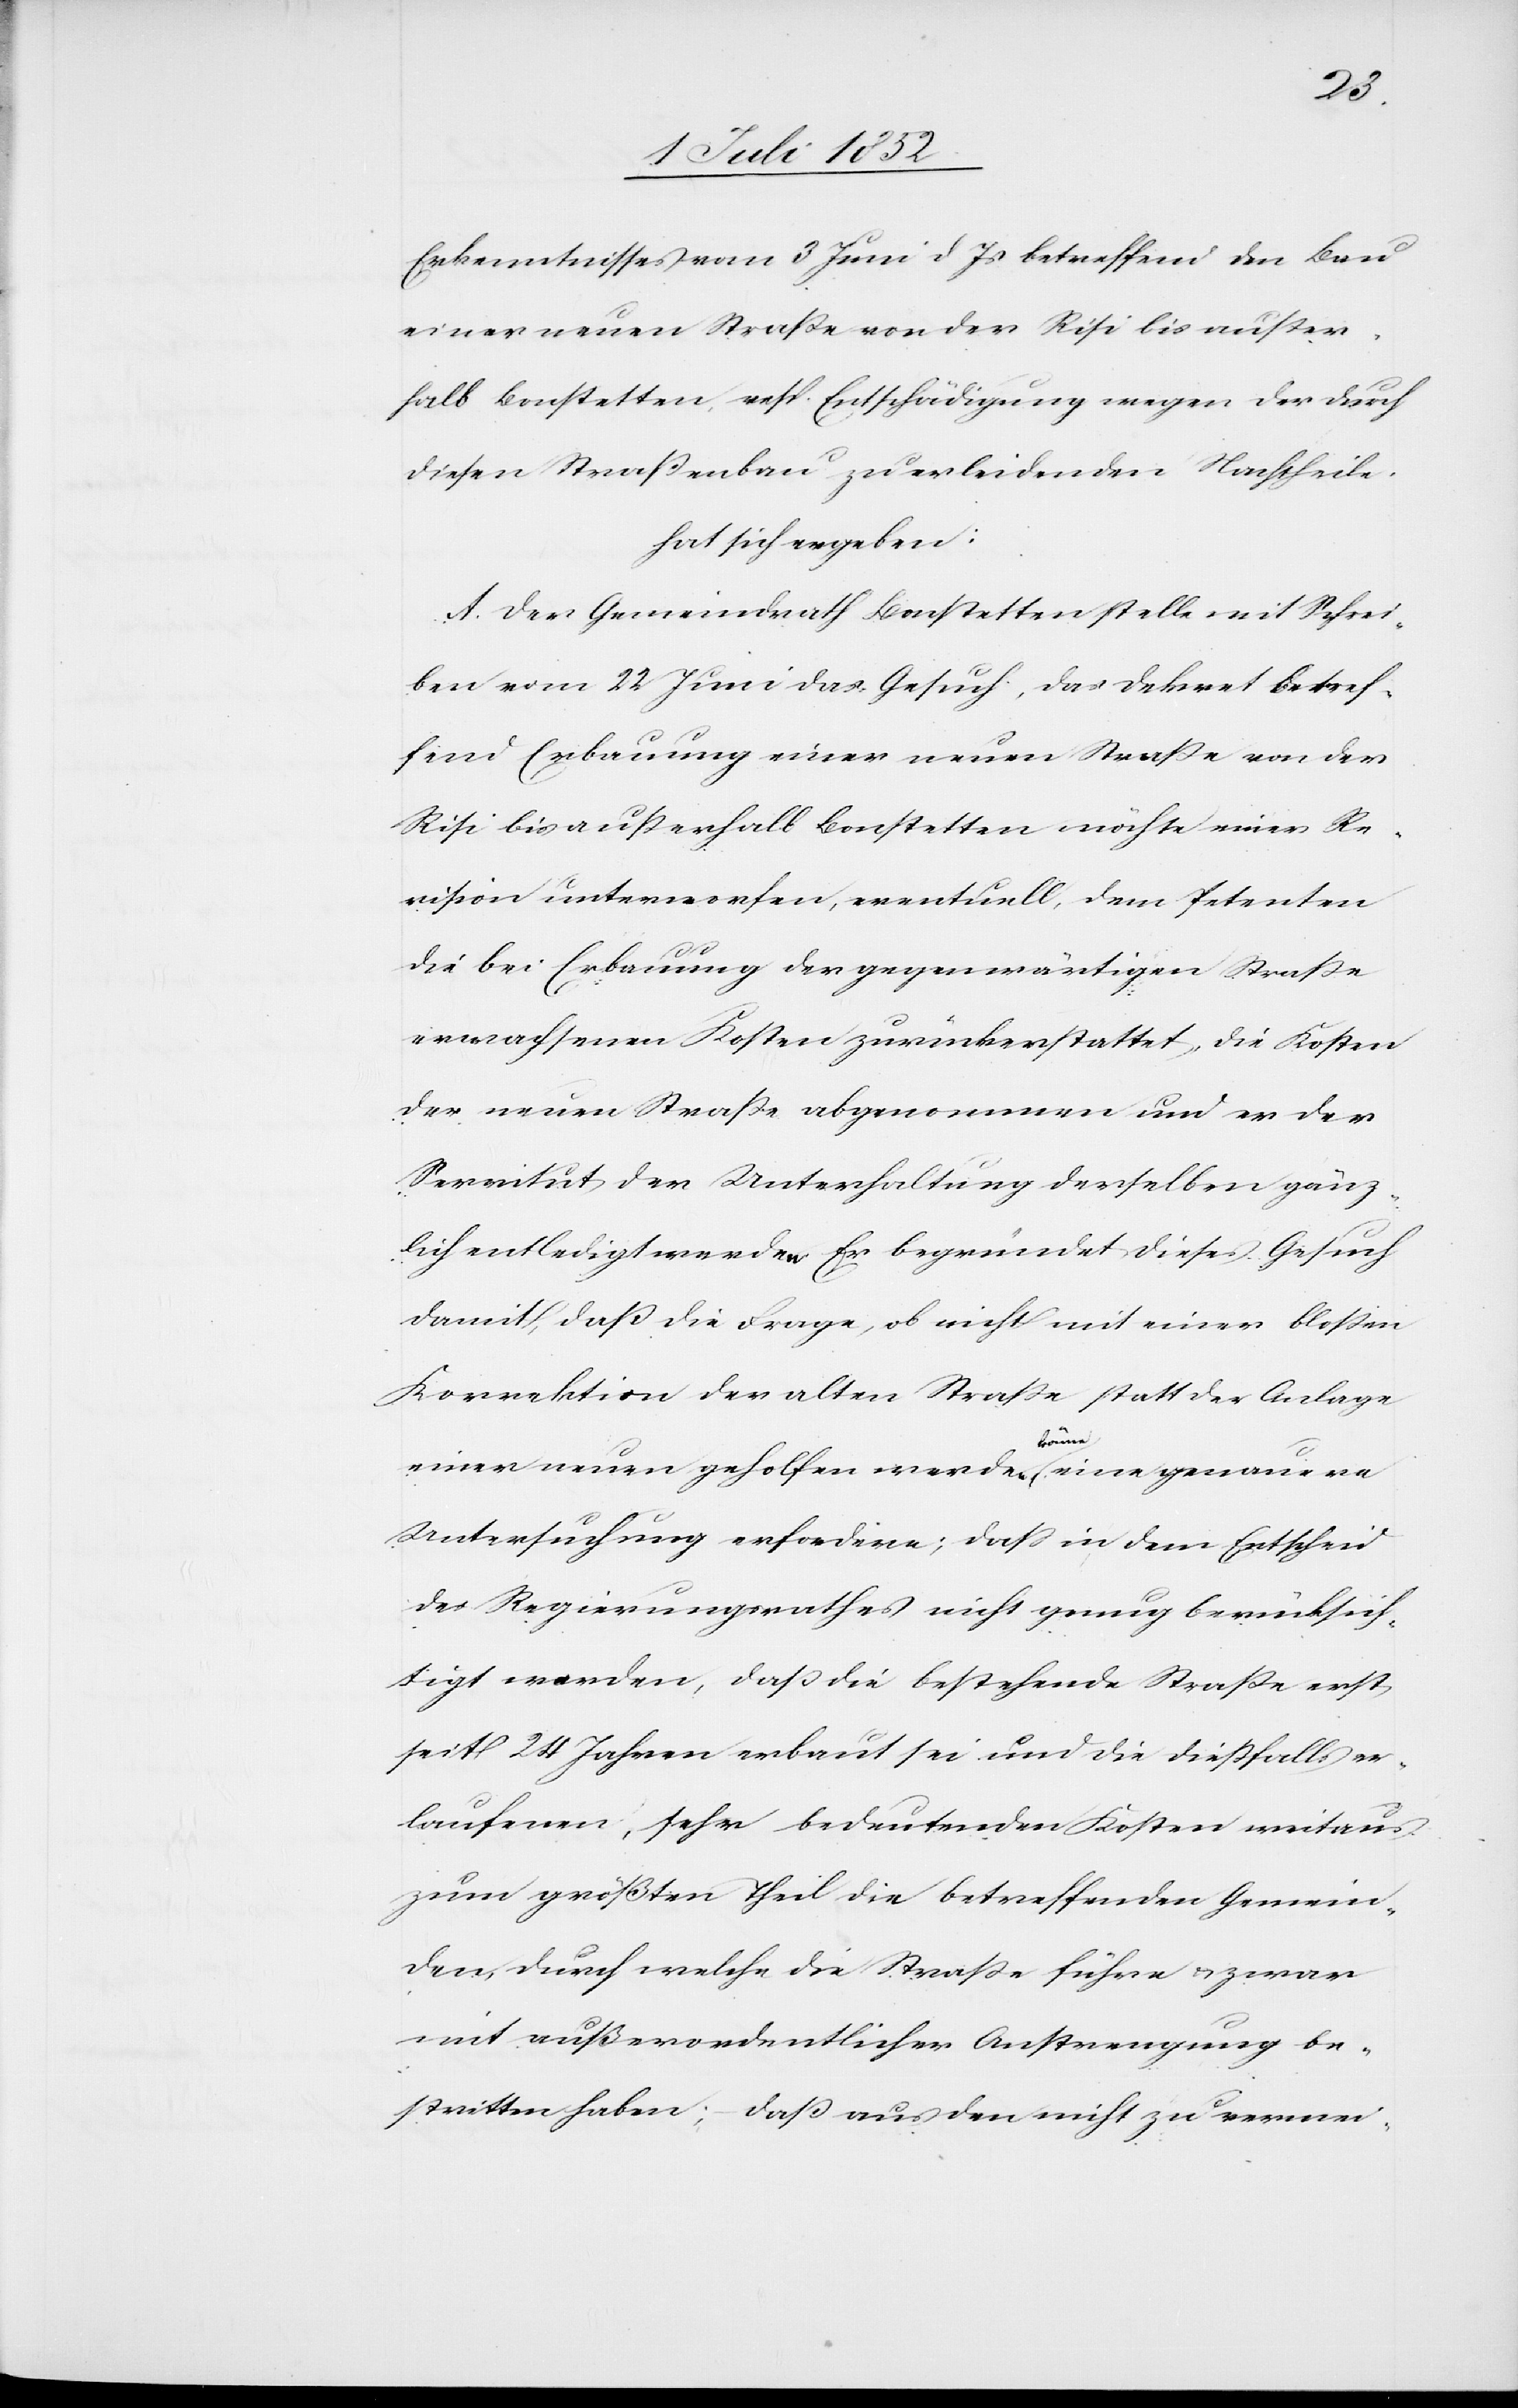
Erkenntnisses vom 3 Juni d Js betreffend den Bau
einer neuen Straße von der Risi bis außer¬
halb Bonstetten, resp. Entschädigung wegen der durch
diesen Straßenbau zu erleidenden Nachtheile.
hat sich ergeben:
A. Der Gemeindrath Bonstetten stelle mit Schrei¬
ben vom 22 Juni das Gesuch, das Dekret betref¬
fend Erbauung einer neuen Straße von der
Risi bis außerhalb Bonstetten möchte einer Re¬
vision unterworfen, eventuell, dem Petenten
die bei Erbauung der gegenwärtigen Straße
erwachsenen Kosten zurückerstattet, die Kosten
der neuen Straße abgenommen und er der
Servitut der Unterhaltung derselben gänz¬
lich entledigt werden. Er begründet dieses Gesuch
damit, daß die Frage, ob nicht mit einer bloßen
Korrektion der alten Straße statt der Anlage
einer neuen geholfen werden könne eine genauere
Untersuchung erfordere; dass in dem Entscheid
des Regierungsrathes nicht genug berücksich¬
tigt worden, daß die bestehende Straße erst
seit 24 Jahren erbaut sei und die dießfalls er¬
laufenen, sehr bedeutenden Kosten weitaus
zum größten Theil die betreffenden Gemein¬
den, durch welche die Straße führe & zwar
mit außerordentlicher Anstrengung be¬
stritten haben; – daß aus den nicht zu vermei-